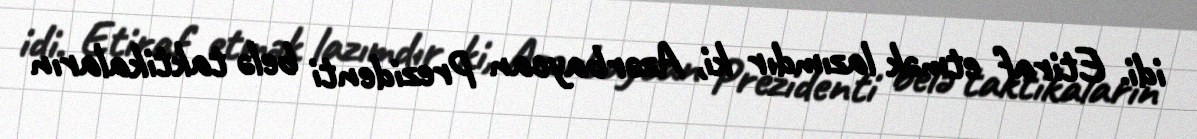
idi. Etiraf etmək lazımdır ki, Azərbaycan Prezidenti belə taktikaların